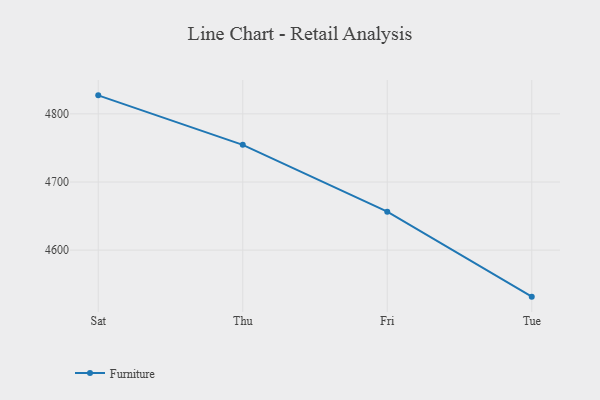
{"axis": {"x": "Day", "y": "Backlog"}, "legend": ["Furniture"], "data": [{"x": "Sat", "y": 4827.2, "type": "Furniture"}, {"x": "Thu", "y": 4754.5, "type": "Furniture"}, {"x": "Fri", "y": 4656.5, "type": "Furniture"}, {"x": "Tue", "y": 4531.7, "type": "Furniture"}]}